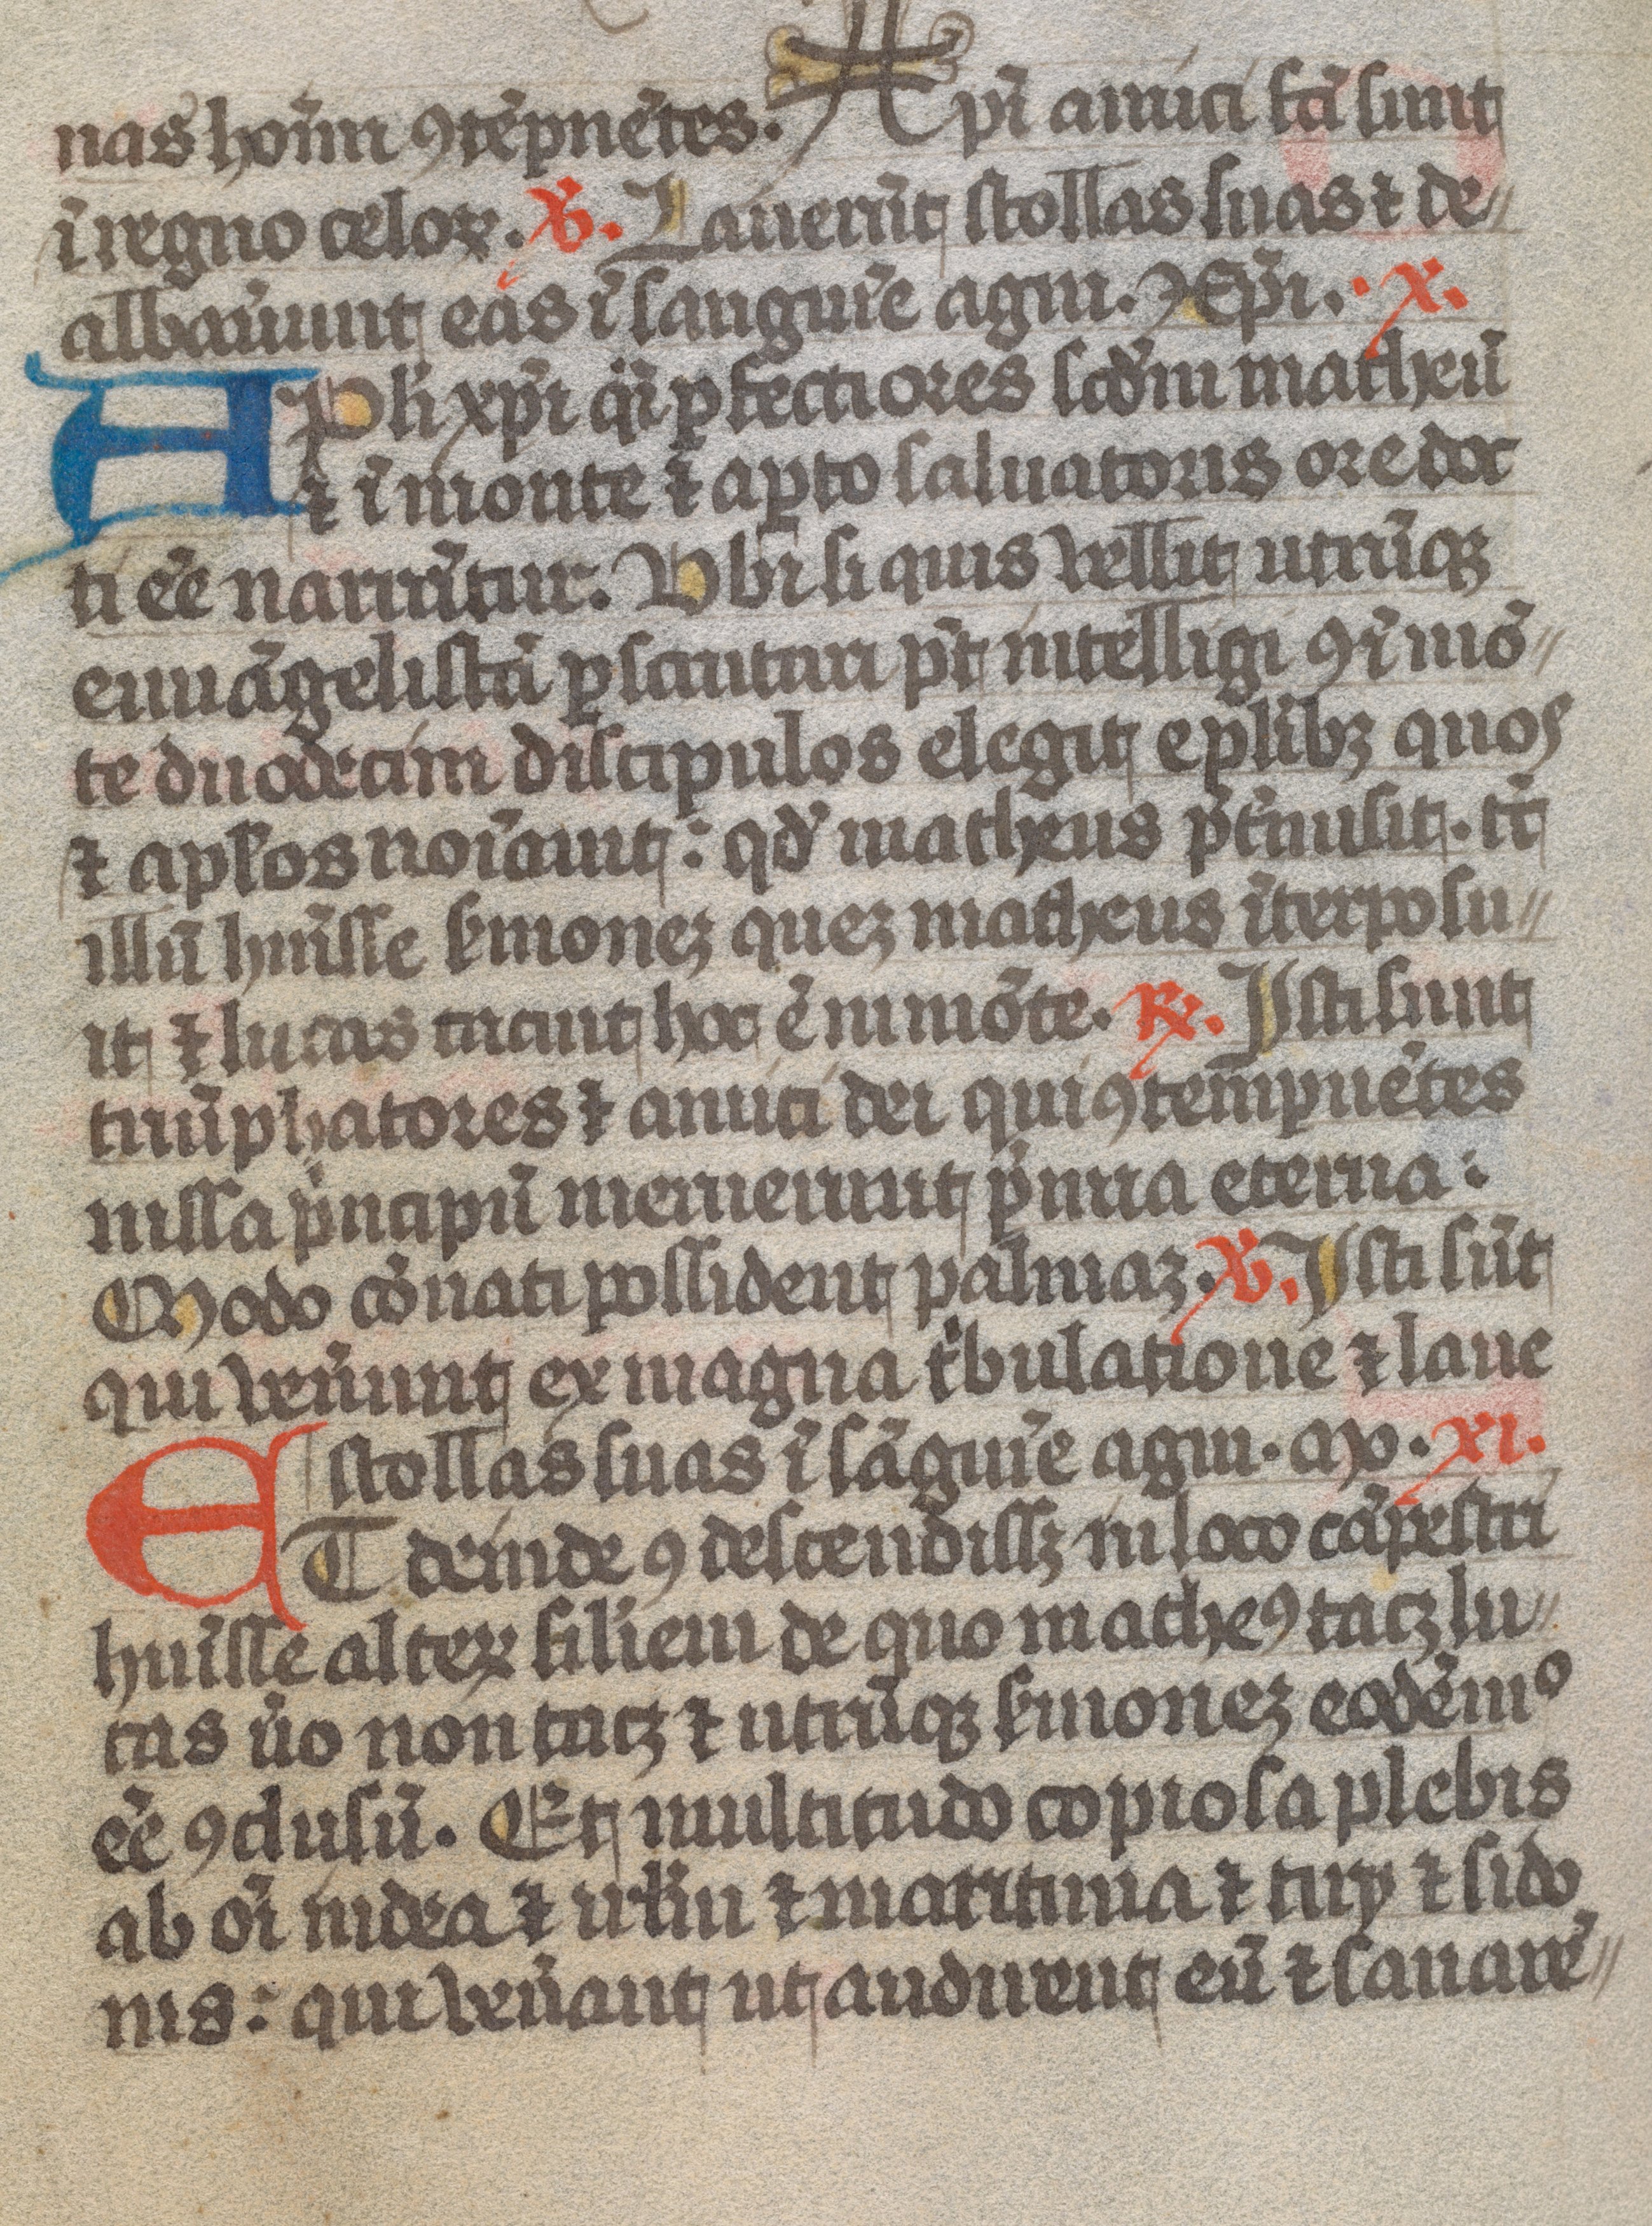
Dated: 1300–1399